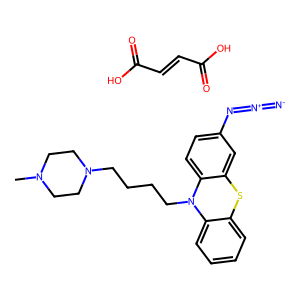
SMILES: CN1CCN(CCCCN2c3ccccc3Sc3cc(N=[N+]=[N-])ccc32)CC1.O=C(O)C=CC(=O)O
Inhibits HIV replication: No